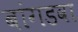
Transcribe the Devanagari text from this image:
बांगडवा